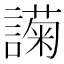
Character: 𬣇